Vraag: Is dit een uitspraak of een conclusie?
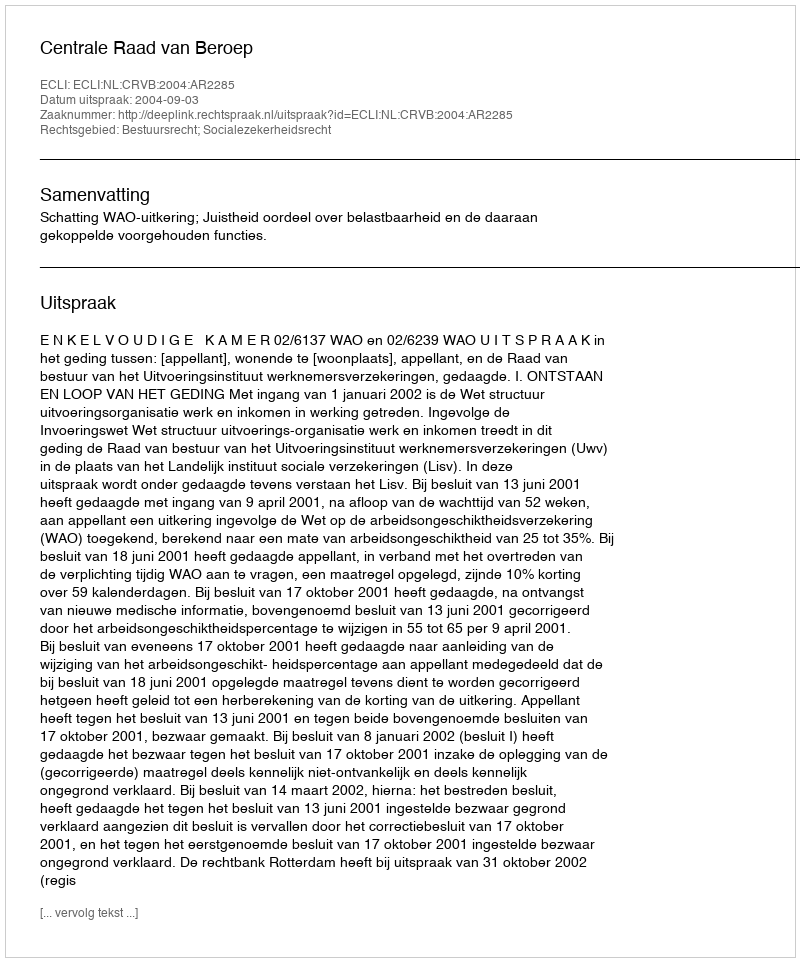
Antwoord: Uitspraak